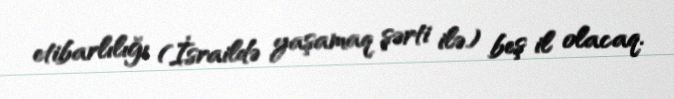
etibarlılığı (İsraildə yaşamaq şərti ilə) beş il olacaq.